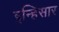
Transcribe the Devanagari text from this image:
इन्हिसार